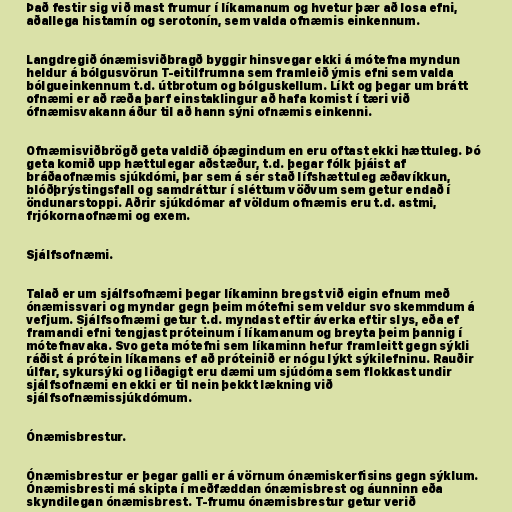
Það festir sig við mast frumur í líkamanum og hvetur þær að losa efni,
aðallega histamín og serotonín, sem valda ofnæmis einkennum.

Langdregið ónæmisviðbragð byggir hinsvegar ekki á mótefna myndun
heldur á bólgusvörun T-eitilfrumna sem framleið ýmis efni sem valda
bólgueinkennum t.d. útbrotum og bólguskellum. Líkt og þegar um brátt
ofnæmi er að ræða þarf einstaklingur að hafa komist í tæri við
ófnæmisvakann áður til að hann sýni ofnæmis einkenni.

Ofnæmisviðbrögð geta valdið óþægindum en eru oftast ekki hættuleg. Þó
geta komið upp hættulegar aðstæður, t.d. þegar fólk þjáist af
bráðaofnæmis sjúkdómi, þar sem á sér stað lífshættuleg æðavíkkun,
blóðþrýstingsfall og samdráttur í sléttum vöðvum sem getur endað í
öndunarstoppi. Aðrir sjúkdómar af völdum ofnæmis eru t.d. astmi,
frjókornaofnæmi og exem.

Sjálfsofnæmi.

Talað er um sjálfsofnæmi þegar líkaminn bregst við eigin efnum með
ónæmissvari og myndar gegn þeim mótefni sem veldur svo skemmdum á
vefjum. Sjálfsofnæmi getur t.d. myndast eftir áverka eftir slys, eða ef
framandi efni tengjast próteinum í líkamanum og breyta þeim þannig í
mótefnavaka. Svo geta mótefni sem líkaminn hefur framleitt gegn sýkli
ráðist á prótein líkamans ef að próteinið er nógu lýkt sýkilefninu. Rauðir
úlfar, sykursýki og liðagigt eru dæmi um sjúdóma sem flokkast undir
sjálfsofnæmi en ekki er til nein þekkt lækning við
sjálfsofnæmissjúkdómum.

Ónæmisbrestur.

Ónæmisbrestur er þegar galli er á vörnum ónæmiskerfisins gegn sýklum.
Ónæmisbresti má skipta í meðfæddan ónæmisbrest og áunninn eða
skyndilegan ónæmisbrest. T-frumu ónæmisbrestur getur verið